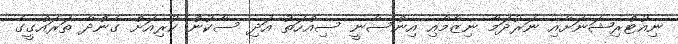
ނިއުޓްރިޝަނަށާއި ނަރުދަމާ ނިޒާމާއި އިންސާނީ ސިއްހަތު އަދި ސާކުން ކުރިއަށް ގެންދާ ތަރައްގީގެ